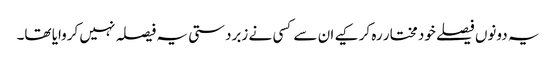
یہ دونوں فیصلے خود مختار رہ کر کیے ان سے کسی نے زبردستی یہ فیصلہ نہیں کروایا تھا۔